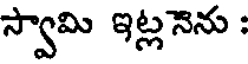
స్వామి ఇట్లనెను :